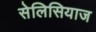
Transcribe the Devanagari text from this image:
सेलिसियाज